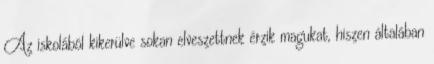
Az iskolából kikerülve sokan elveszettnek érzik magukat, hiszen általában